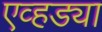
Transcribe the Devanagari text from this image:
एव्हड्या